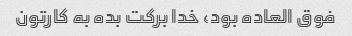
فوق العاده بود، خدا برکت بده به کارتون